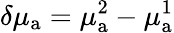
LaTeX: \delta\mu_{{\mathrm a}}=\mu_{{\mathrm a}}^{2}-\mu_{{\mathrm a}}^{1}